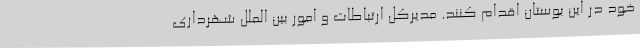
خود در این بوستان اقدام کنند. مدیرکل ارتباطات و امور بین الملل شهرداری